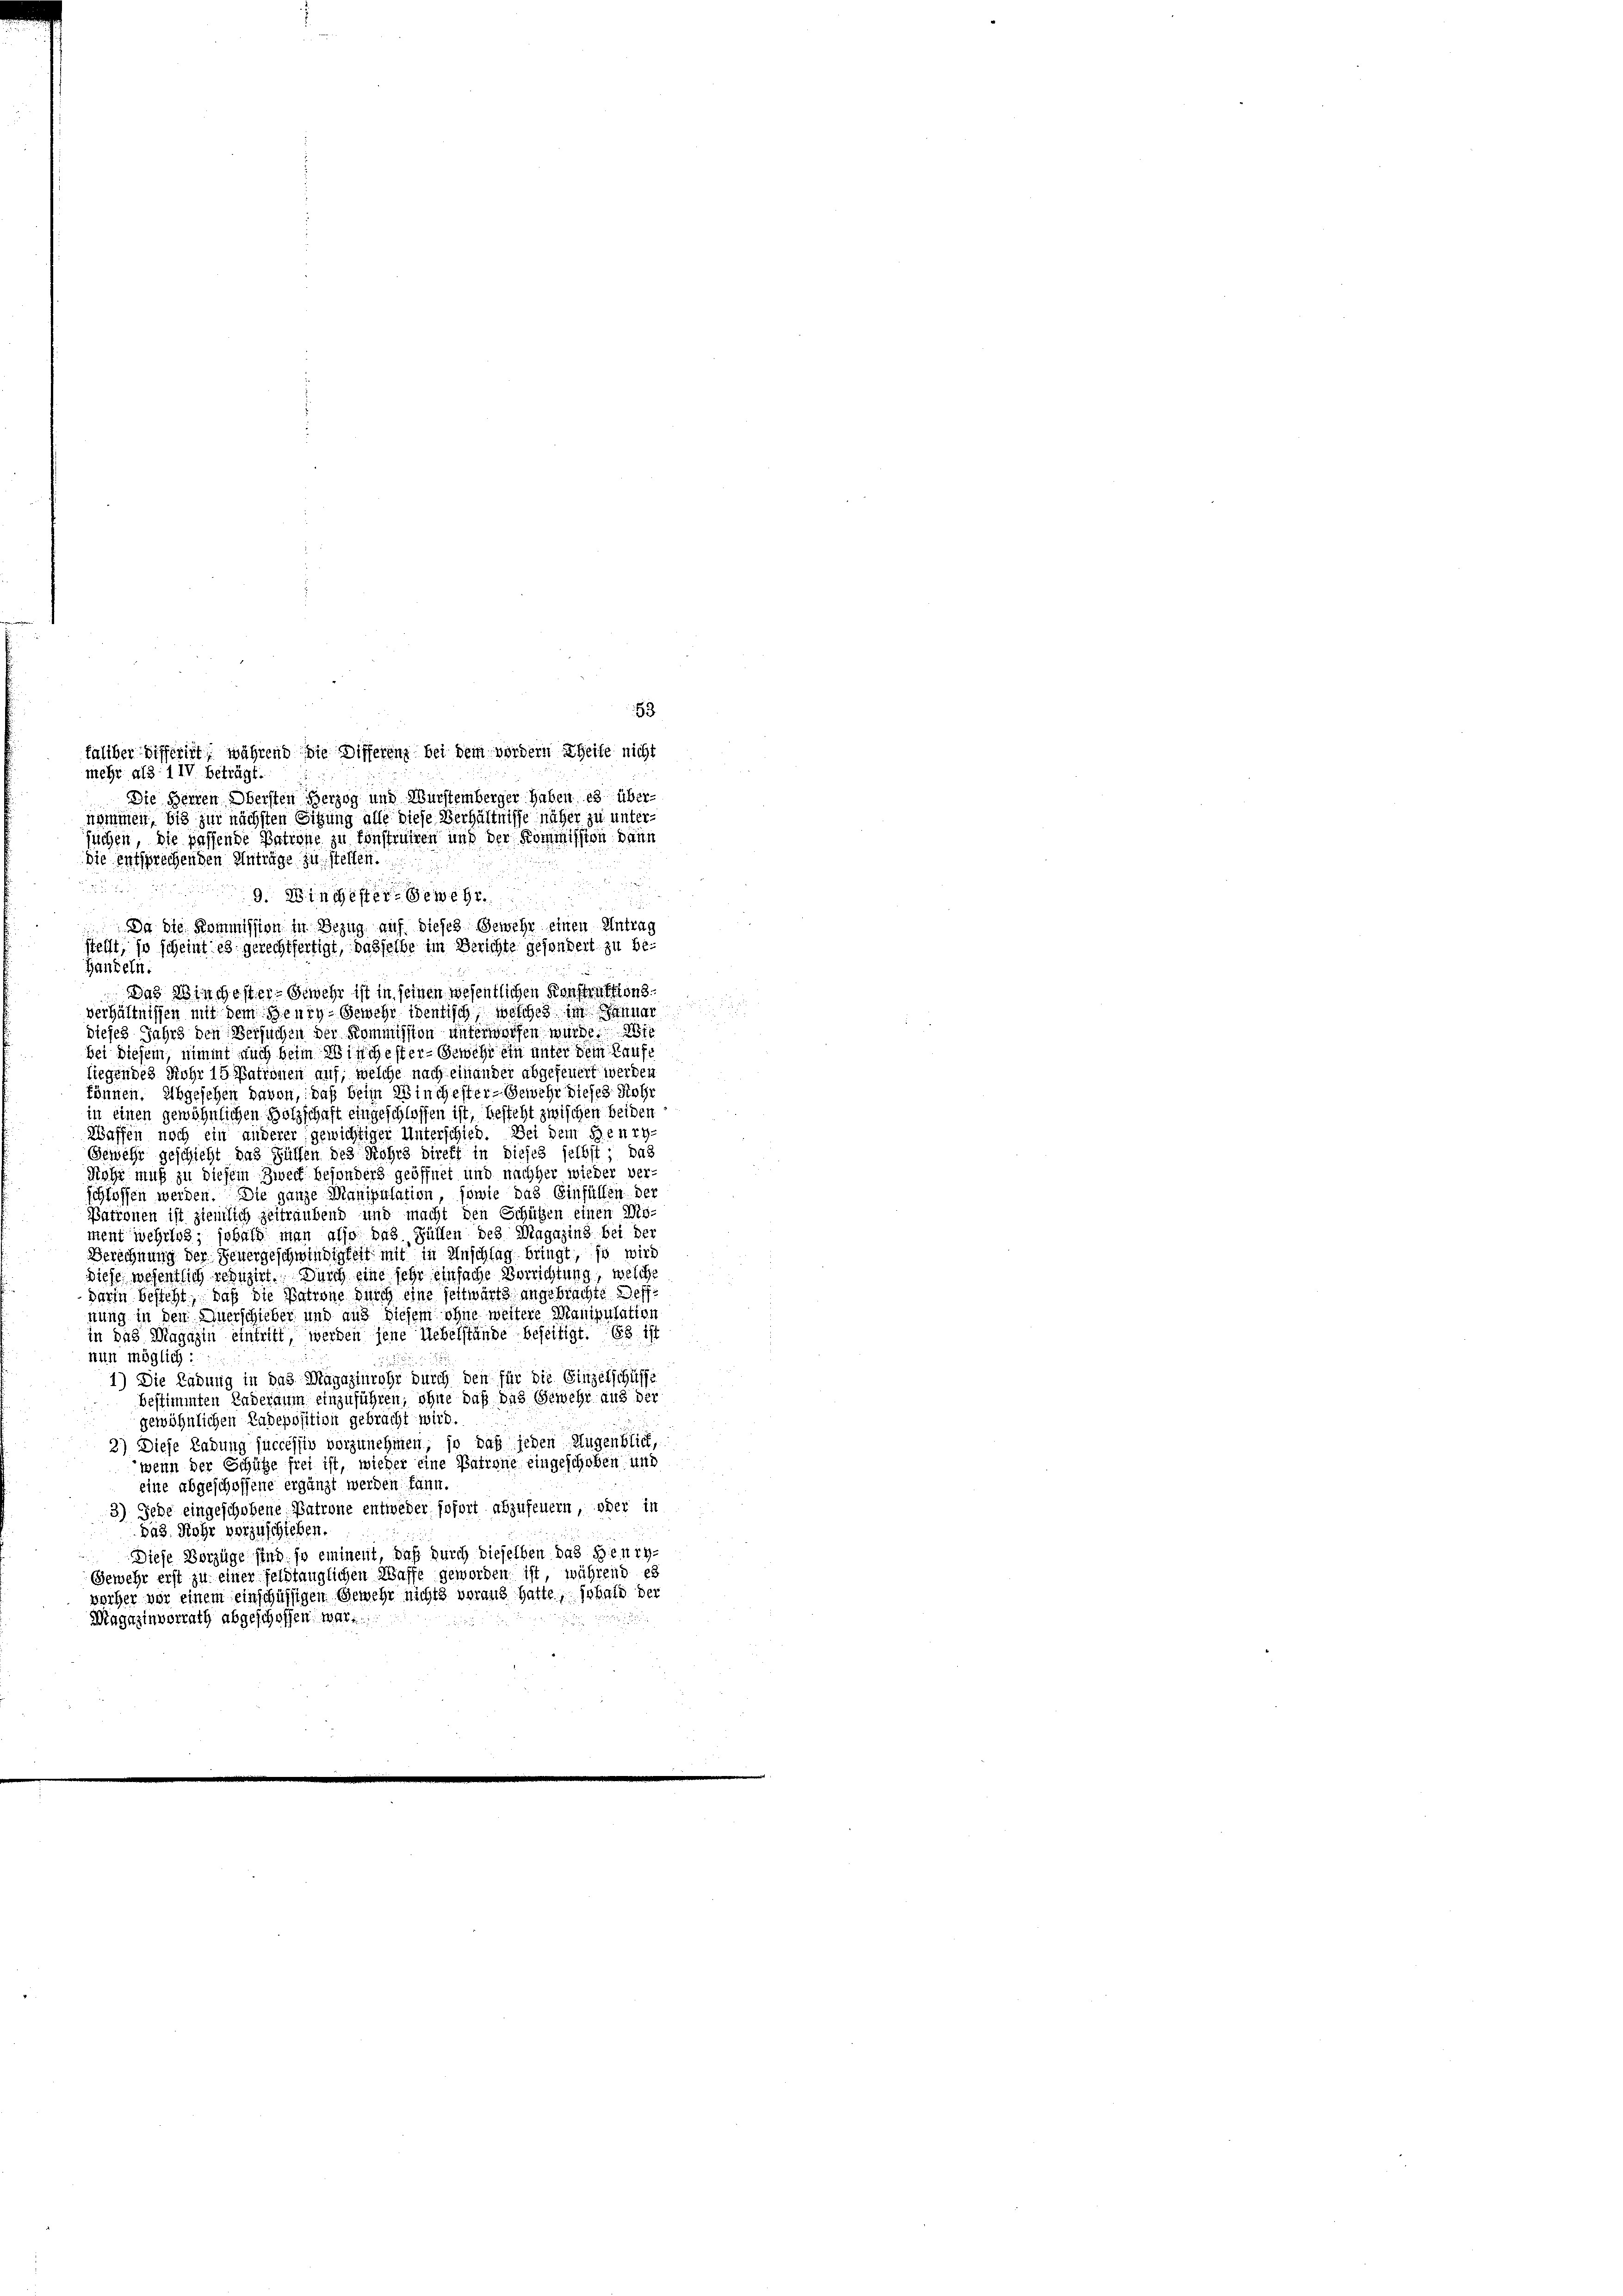
53

2
Handeln.
dieses Jahrs den Versuchen der Kommission unterworfen würde.
bei diesem, nimmt auch beim Winchester Gewehr ein unter dem Laufe
liegendes Rohr 15 Matronen auf, welche nach einander abgefeuert werden
können. Abgesehen davon, daß beim Winchester- Gewehr dieses Rohr
in einen gewöhnlichen Holzschaft eingeschlossen ist, besteht zwischen beiden
Waffen noch ein anderer gewichtiger Unterschied. Bei dem Berry-
Gewehr geschieht das Füllen des Rohrs direkt in dieses selbst das
Rohr muß zu diesem Zweck besonders geöffnet und nachher wieder ver-
schloffen werden. Die ganze Manipulation, sowie das Einfüllen der
Patronen ist ziemlich zeitraubend und macht den Schützen einen Mo-
ment wehrlos, sobald man also das Füllen des Magazins bei der
Berechnung der Severgeschwindigkeit mit in Anschlag bringt, so wird
diese wesentlich reduzirt. Durch eine sehr einfache Verrichtung, welche
darin besteht, daß die Patrone durch eine seitwärts angebrachte deff
nung in den Auerschieber und aus diesem ohne weitere Manipulation
in das Magazin eintritt, werden jene Uebelstände beseitigt. Es ist
nun möglich:
1) Die Ladung in das Magazinrohr durch den für die Einzelschaffe
bestimmten Enderaum einzuführen; ohne daß das Gewehr aus der
gewöhnlichen Kadeposition gebracht wird.
2) Diese Ladung successiv vorzunehmen, so daß jeden Augenblick,
wenn der Schütze frei ist, wieder eine Patrone eingeschoben und
eine abgeschossene ergänzt werden kann.
3) Jede eingeschobene Patrone entweder sofort abzufeuern, oder in
pas. Rohr vorzuschieben.
Diese Vorzüge sind so eminent, daß durch dieselben das Beur-
Gemehr erst zu einer feldtänglichen Waffe geworden ist, während es
wocher wir einem einschüssigen Gewehr nichts voraus hatte, sobald der
Magazinvorrath abgeschoffen, war

faliber differiet, während die Differenz bei dem vordern Theile nicht
mehr als 1 IV beträgt.
Die Herren Obersten Herzog und Wurstemberger haben es übernommen, bis zur nächsten Sitzung alle diese Verhältnisse näher zu unter-
suchen, die passende Patrone zu sonstrühren und der Kommission dann
die entsprechenden Anträge zu stellen.

9. Winchester-Gewehr
Da die Kommission in Bezug auf dieses Gewehr einen Antrag
steift, so scheint es gerechtfertigt, dasselbe im Berichte gesondert zu be¬
Das Winchester-Gewehr ist in seinen wesentlichen Konstruktions
verhältnissen mit dem Henry-Gewehr identisch, welches im Manner